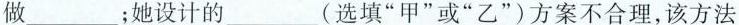
做________；她设计的____(选填”甲”或”乙”)方案不合理，该方法